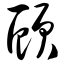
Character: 顾